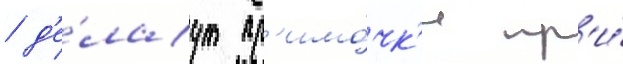
/ д'е́лаут пр'имо́чк'и пр'и́